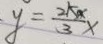
y = \frac { 2 k _ { a } } { 3 } x